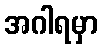
အဂါရမှာ